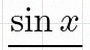
\sin x